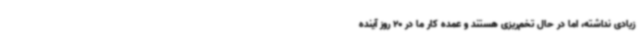
زیادی نداشته، اما در حال تخم‌ریزی هستند و عمده کار ما در 20 روز آینده